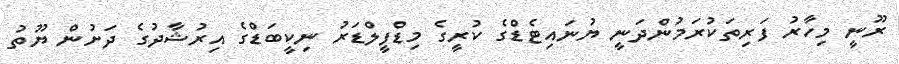
ރޫނީ މިހާރު ފަރިތަކުރަމުންދަނީ ޔުނައިޓެޑްގެ ކުރީގެ މިޑްފީލްޑަރު ނިކީބަޑްގެ އިރުޝާދުގެ ދަށުން ޔޫތު